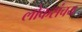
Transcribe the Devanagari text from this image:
लोकसंचय